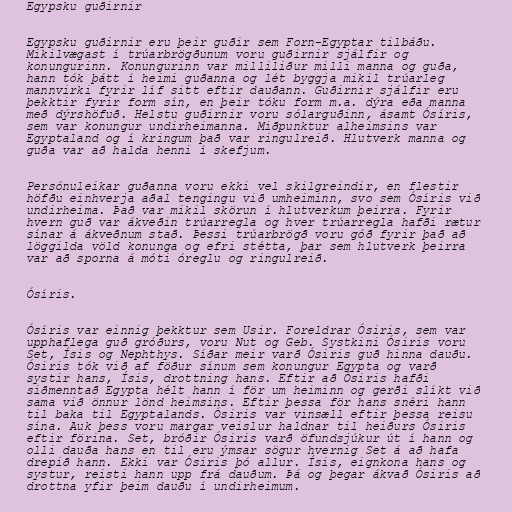
Egypsku guðirnir

Egypsku guðirnir eru þeir guðir sem Forn-Egyptar tilbáðu.
Mikilvægast í trúarbrögðunum voru guðirnir sjálfir og
konungurinn. Konungurinn var milliliður milli manna og guða,
hann tók þátt í heimi guðanna og lét byggja mikil trúarleg
mannvirki fyrir líf sitt eftir dauðann. Guðirnir sjálfir eru
þekktir fyrir form sín, en þeir tóku form m.a. dýra eða manna
með dýrshöfuð. Helstu guðirnir voru sólarguðinn, ásamt Ósíris,
sem var konungur undirheimanna. Miðpunktur alheimsins var
Egyptaland og í kringum það var ringulreið. Hlutverk manna og
guða var að halda henni í skefjum.

Persónuleikar guðanna voru ekki vel skilgreindir, en flestir
höfðu einhverja aðal tengingu við umheiminn, svo sem Ósíris við
undirheima. Það var mikil skörun í hlutverkum þeirra. Fyrir
hvern guð var ákveðin trúarregla og hver trúarregla hafði rætur
sínar á ákveðnum stað. Þessi trúarbrögð voru góð fyrir það að
löggilda völd konunga og efri stétta, þar sem hlutverk þeirra
var að sporna á móti óreglu og ringulreið.

Ósíris.

Ósíris var einnig þekktur sem Usir. Foreldrar Ósiris, sem var
upphaflega guð gróðurs, voru Nut og Geb. Systkini Ósiris voru
Set, Ísis og Nephthys. Síðar meir varð Ósiris guð hinna dauðu.
Ósiris tók við af föður sínum sem konungur Egypta og varð
systir hans, Ísis, drottning hans. Eftir að Ósiris hafði
siðmenntað Egypta hélt hann í för um heiminn og gerði slíkt við
sama við önnur lönd heimsins. Eftir þessa för hans snéri hann
til baka til Egyptalands. Ósiris var vinsæll eftir þessa reisu
sína. Auk þess voru margar veislur haldnar til heiðurs Ósiris
eftir förina. Set, bróðir Ósiris varð öfundsjúkur út í hann og
olli dauða hans en til eru ýmsar sögur hvernig Set á að hafa
drepið hann. Ekki var Ósiris þó allur. Ísis, eignkona hans og
systur, reisti hann upp frá dauðum. Þá og þegar ákvað Ósiris að
drottna yfir þeim dauðu í undirheimum.